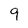
Character: 9